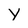
Character: Y